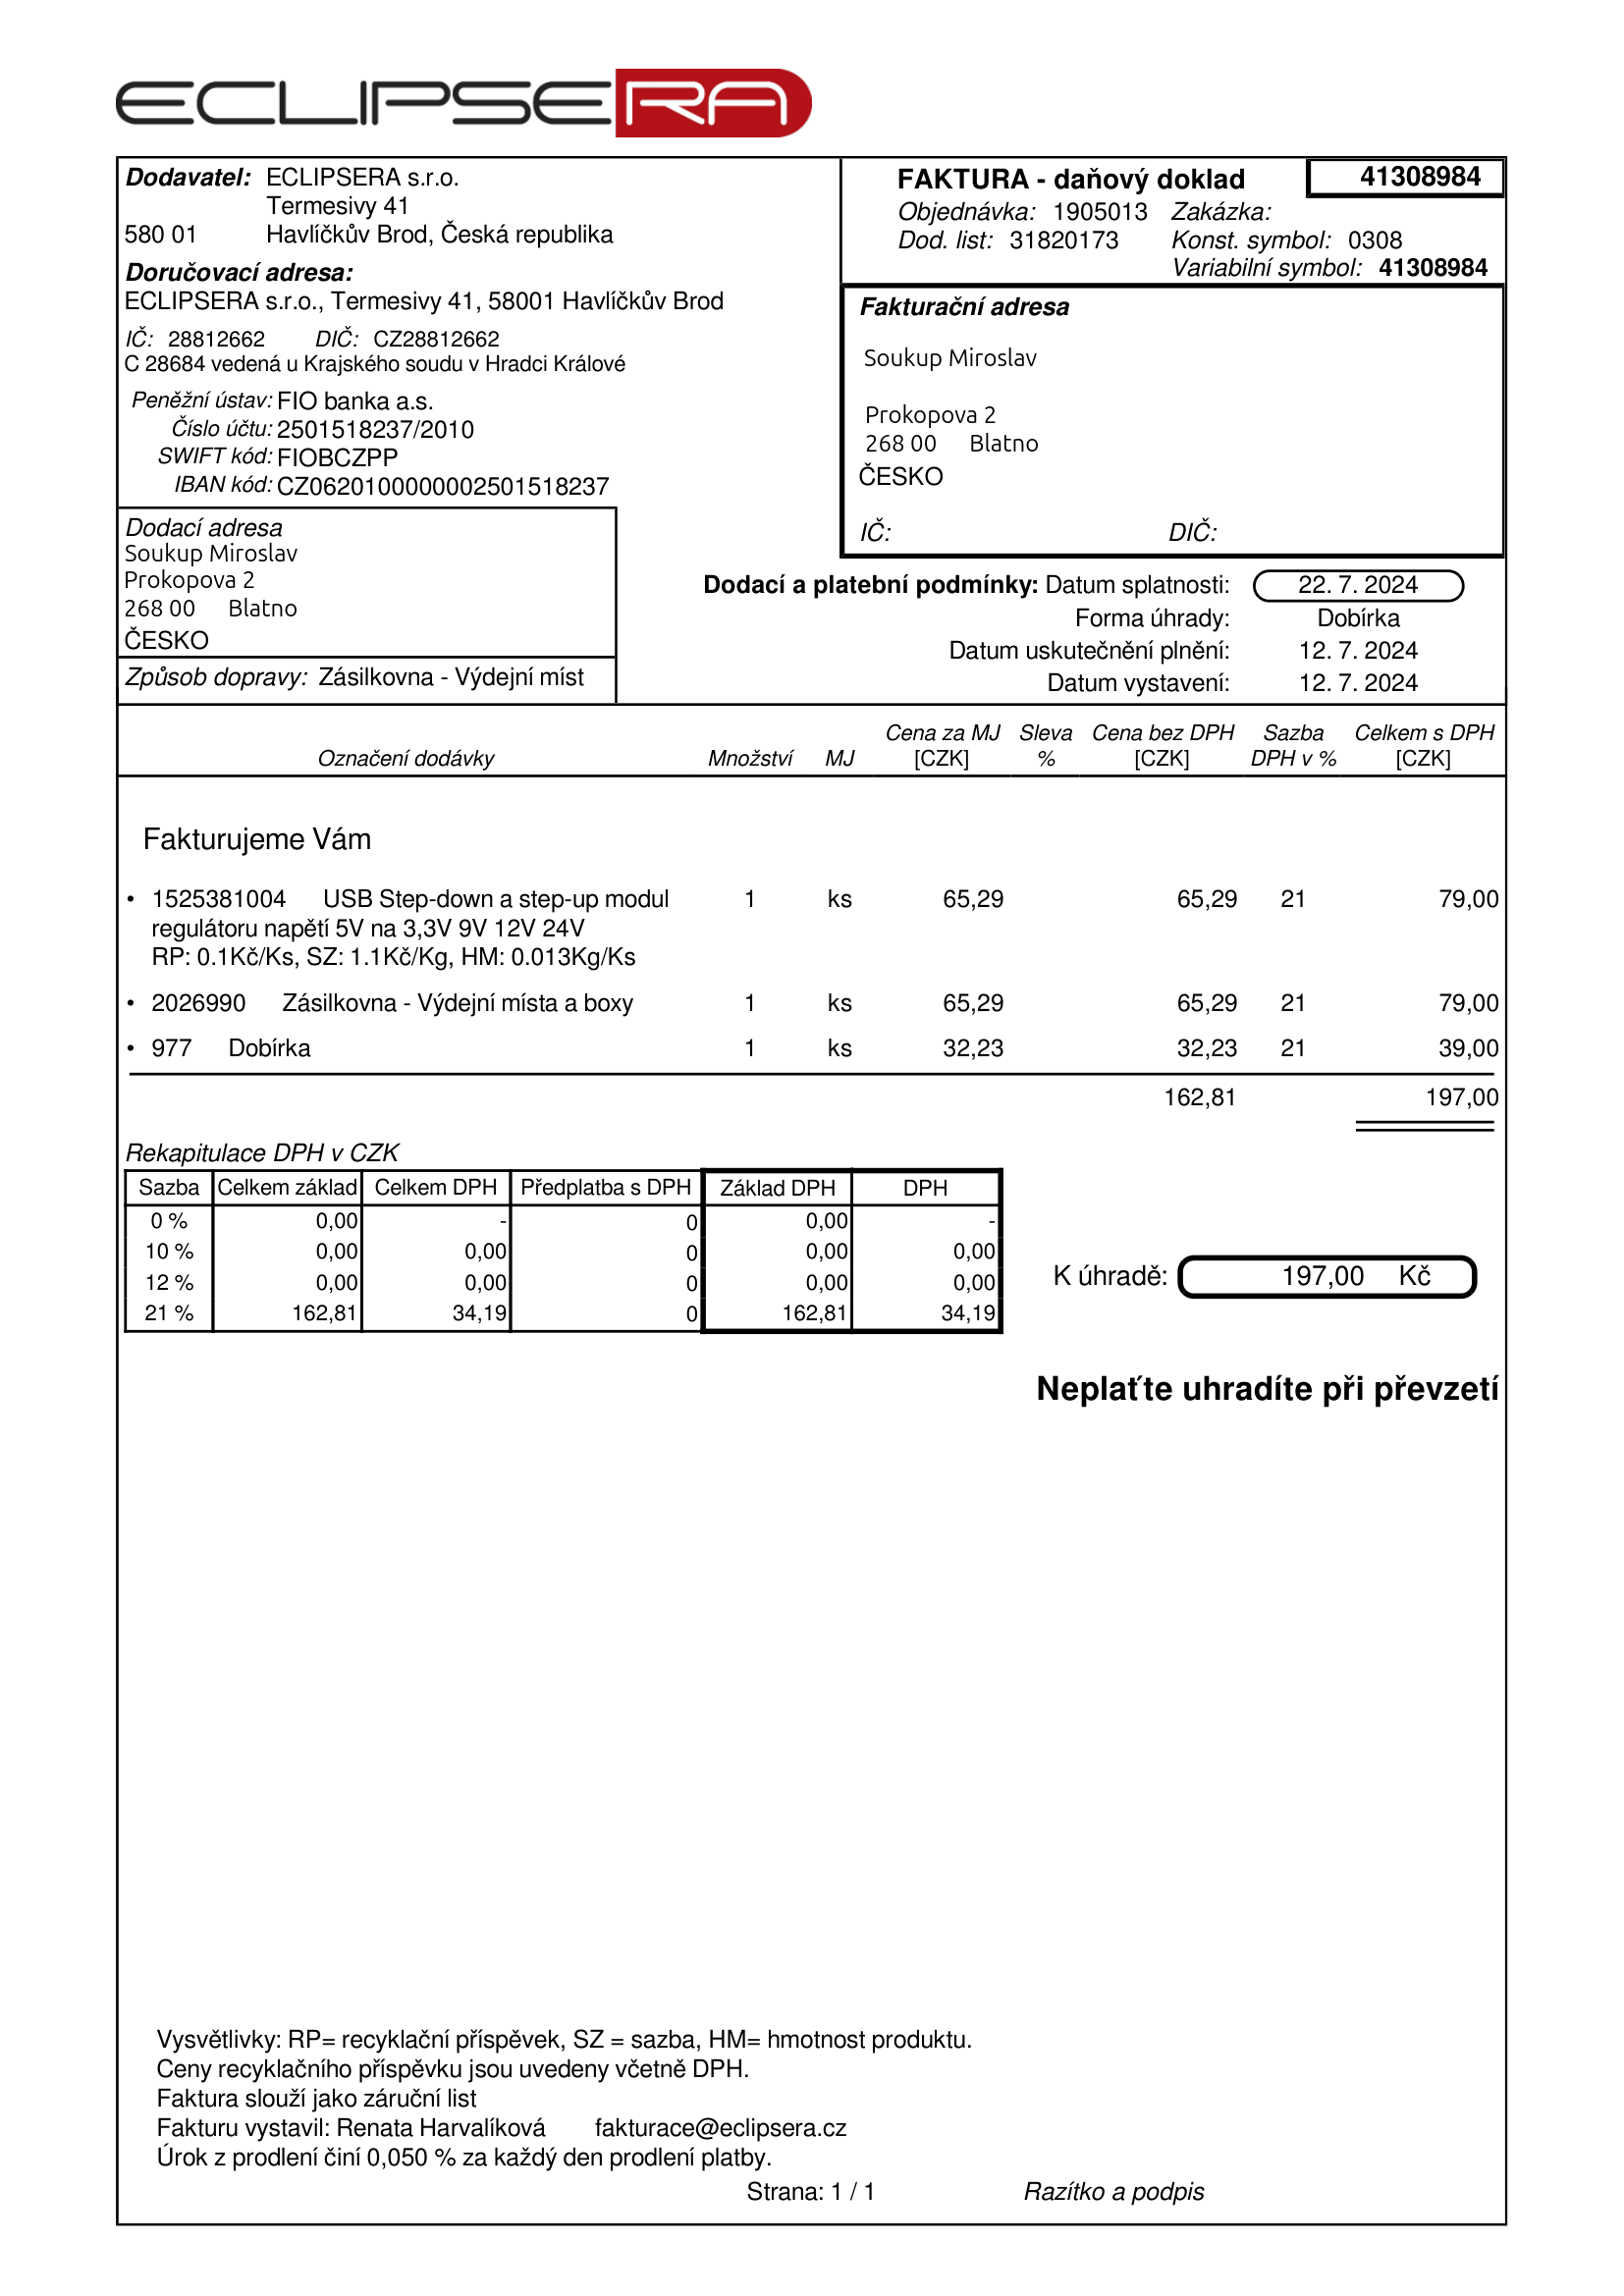
invoice_number: 41308984
supp_register_id: 28812662
supp_tax_id: CZ28812662
issue_date: 12.7.2024
taxable_supply_date: 12.7.2024
due_date: 22.7.2024
payment_type: Dobírka
bank_account_number: 2501518237/2010
iban: CZ0620100000002501518237
bic: FIOBCZPP
variable_symbol: 41308984
const_symbol: 0308
total: 197,00